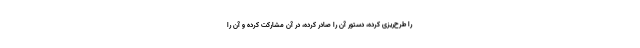
را طرح‌ریزی کرده، دستور آن را صادر کرده، در آن مشارکت کرده و آن را